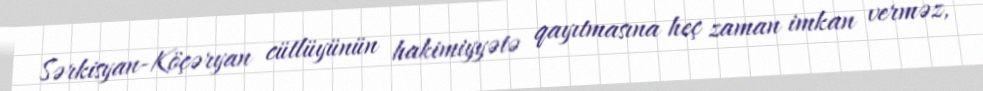
Sərkisyan-Köçəryan cütlüyünün hakimiyyətə qayıtmasına heç zaman imkan verməz,